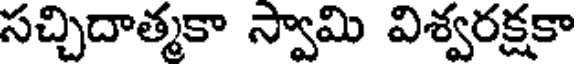
సచ్చిదాత్మకా స్వామి విశ్వరక్షకా